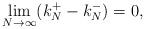
LaTeX: \begin{align*}\lim_{N \rightarrow \infty} (k_N^+ - k_N^-) = 0,\end{align*}